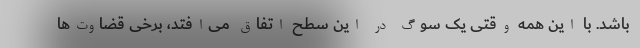
باشد. با این همه وقتی یک سوگ در این سطح اتفاق می‌افتد، برخی قضاوت‌ها